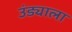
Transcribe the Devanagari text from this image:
उंड्याला